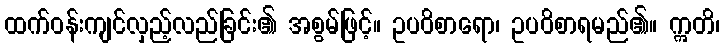
ထက်ဝန်းကျင်လှည့်လည်ခြင်း၏ အစွမ်ဖြင့်။ ဥပဝိစာရော၊ ဥပဝိစာရမည်၏။ ဣတိ၊